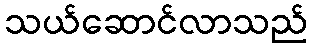
သယ်ဆောင်လာသည်